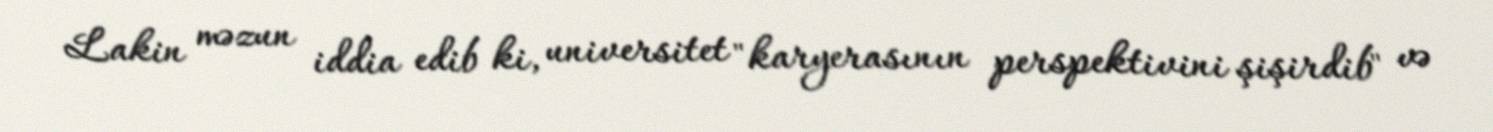
Lakin məzun iddia edib ki, universitet "karyerasının perspektivini şişirdib" və